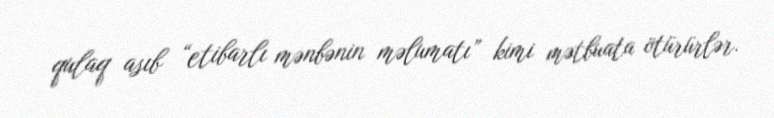
qulaq asıb “etibarlı mənbənin məlumatı” kimi mətbuata ötürürlər.